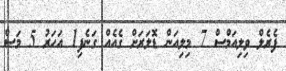
ފެރެލް ވިލިއަމްސް 7 މިލިއަން ޑޮލަރަށް ގެއެއް ގަނެފި1 އަހަރު 5 މަސް